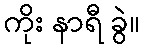
ကိုး နာရီ ခွဲ။